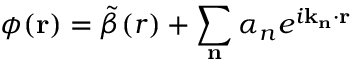
\phi ( \mathbf { r } ) = \tilde { \beta } ( r ) + \sum _ { \mathbf { n } } \alpha _ { n } e ^ { i \mathbf { k } _ { \mathbf { n } } \cdot \mathbf { r } }